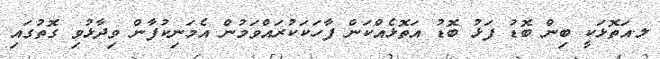
ލ.އަތޮޅަކީ ބިން ބޮޑު ފަޅު ބޮޑު އަތޮޅެއްކަން ފާހަަކަކުރައްވަމުން އެމަނިކުފާން ވިދާޅުވި ގޮތުގައި